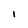
Character: I